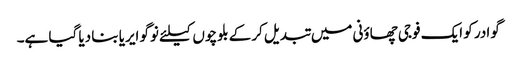
گوادر کو ایک فوجی چھاؤنی میں تبدیل کرکے بلوچوں کیلئے نوگو ایریا بنا دیا گیا ہے۔